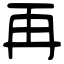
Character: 再